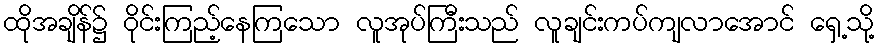
ထိုအချိန်၌ ဝိုင်းကြည့်နေကြသော လူအုပ်ကြီးသည် လူချင်းကပ်ကျလာအောင် ရှေ့သို့